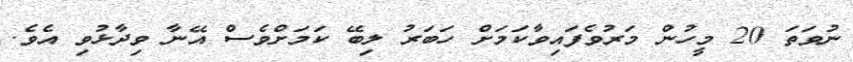
ނުވަތަ 20 މީހުން މަރުވެފައިވާކަމަށް ހަބަރު ލިބޭ ކަމަށްވެސް އޭނާ ވިދާޅުވި އެވެ.